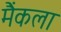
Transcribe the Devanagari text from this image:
मैंकला